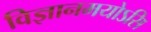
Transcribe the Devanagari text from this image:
विज्ञानमयोऽसि